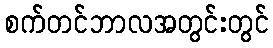
စက်တင်ဘာလအတွင်းတွင်